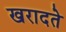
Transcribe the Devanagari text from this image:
खरादते